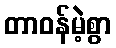
တာဝန်မဲ့စွာ